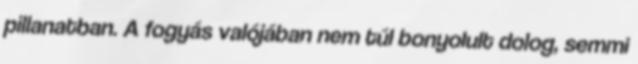
pillanatban. A fogyás valójában nem túl bonyolult dolog, semmi